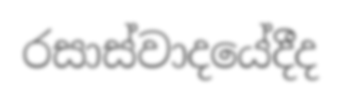
රසාස්වාදයේදීද